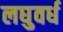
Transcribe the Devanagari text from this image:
लघुवर्ध